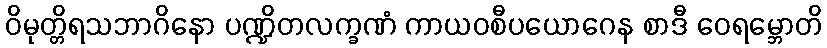
ဝိမုတ္တိရသဘာဂိနော ပဏ္ဍိတလက္ခဏံ ကာယဝစီပယောဂေန စာဒီ ဝေရမ္ဘောတိ